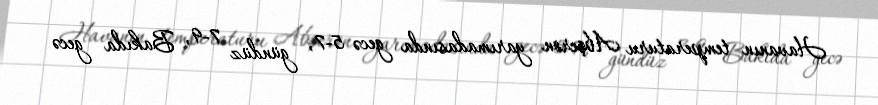
Havanın temperaturu Abşeron yarımadasında gecə 5-7, gündüz 7-9, Bakıda gecə